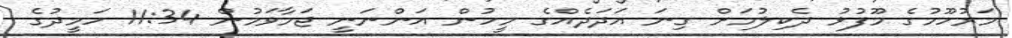
މަރުހޫމުގެ މޫފުޅު ދެކިލުމަށް ގިނަ އަދަދެއްގެ މީހުން އަންނަނީ ޖަމާވަމުން 11:34 ހަމީދުގެ